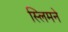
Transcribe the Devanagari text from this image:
स्लिमने